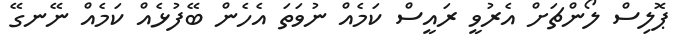
ޕޮލިސް ލޯންޗަށް އެރުވީ ރައީސް ކަމެއް ނުވަތަ އެހެން ބޭފުޅެއް ކަމެއް ނޭނގޭ